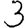
Digit: 3